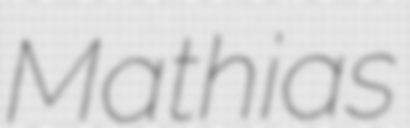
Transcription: Mathias